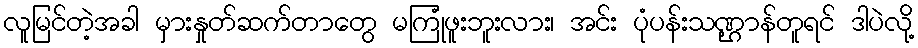
လူမြင်တဲ့အခါ မှားနှုတ်ဆက်တာတွေ မကြုံဖူးဘူးလား၊ အင်း ပုံပန်းသဏ္ဌာန်တူရင် ဒါပဲလို့